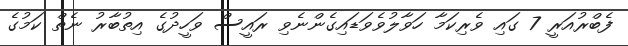
ފެބްރުއަރީ 7 ގައި ވެރިކަމާ ހަވާލުވެވަޑައިގެންނެވި ރައީސް ވަހީދުގެ އިތުބާރު ނެތް ކަމުގެ